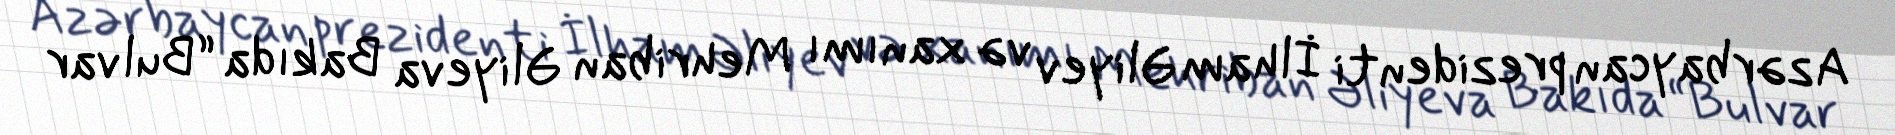
Azərbaycan prezidenti İlham Əliyev və xanımı Mehriban Əliyeva Bakıda “Bulvar